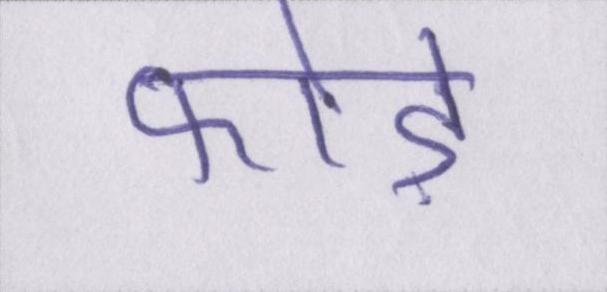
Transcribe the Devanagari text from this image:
फोड़े